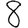
Digit: 8